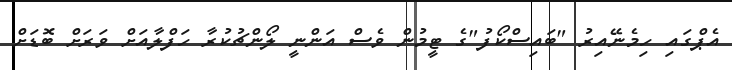
އެޕްގައި ހިމެނޭއިރު "ބައިސްކޯފު"ގެ ޓީމުން ވެސް އަންނީ ލޯންޗުކުރާ ހަފްލާއަށް ވަރަށް ބޮޑަށް